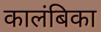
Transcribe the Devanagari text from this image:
कालंबिका